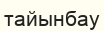
тайынбау